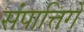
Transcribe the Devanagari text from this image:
संपात्तिगे